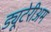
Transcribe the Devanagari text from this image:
ड्यूटेरीअम